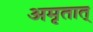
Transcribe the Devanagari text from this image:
अमृतात्‌